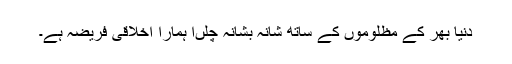
دنیا بھر کے مظلوموں کے ساتھ شانہ بشانہ چلںا ہمارا اخلاقی فریضہ ہے۔